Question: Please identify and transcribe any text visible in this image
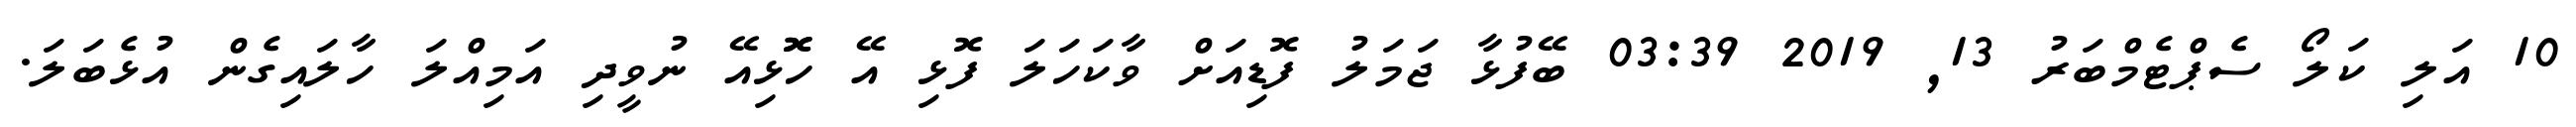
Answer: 10 އަލި ކަލޯ ސެޕްޓެމްބަރު 13, 2019 03:39 ބޭފުޅާ ޖަމަލު ފޮޑިއަށް ވާކަހަލަ ފޮޅި އޭ ހޮޮޅިއޭ ނުވީދި އަމިއްލަ ހާލައިގެން އުޅެބަލަ.